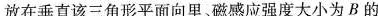
放在垂直该三角形平面向里、磁感应强度大小为B的